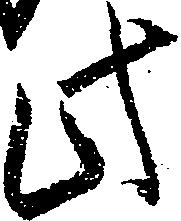
此